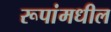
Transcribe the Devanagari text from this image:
रूपांमधील